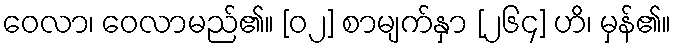
ဝေလာ၊ ဝေလာမည်၏။ [၀၂] စာမျက်နှာ [၂၆၄] ဟိ၊ မှန်၏။